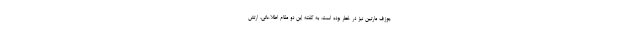
جوزف مارتین نیز در خطر بوده است. به گفته این دو مقام اطلاعاتی، ارتش